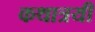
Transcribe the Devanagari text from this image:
कथात्रयी